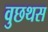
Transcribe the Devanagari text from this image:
वुछथस